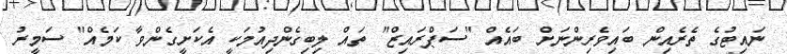
ނައިޓުގެ ތެރެއިން ބައިވެރިންނަށް ބައެއް "ސަޕްރައިޒް" ތައް ލިބިގެންދިއުމަކީ އެކަށީގެންވާ ކަމެއް" ސަމީރު